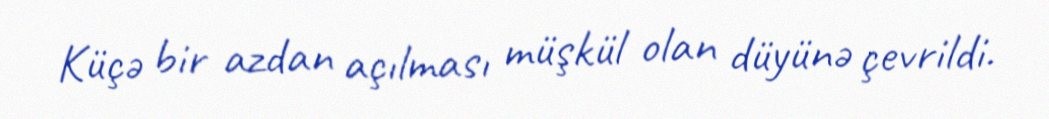
Küçə bir azdan açılması müşkül olan düyünə çevrildi.